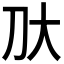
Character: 𫥰